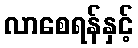
လာစေရန်နှင့်